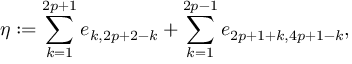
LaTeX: \eta : = \sum _ { k = 1 } ^ { 2 p + 1 } e _ { k , 2 p + 2 - k } + \sum _ { k = 1 } ^ { 2 p - 1 } e _ { 2 p + 1 + k , 4 p + 1 - k } ,